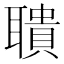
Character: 聵